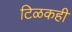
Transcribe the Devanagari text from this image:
टिळकही